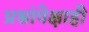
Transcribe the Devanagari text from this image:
प्रश्नांपेक्षाही